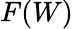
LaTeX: F(W)